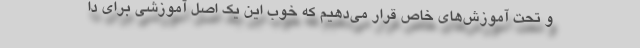
و تحت آموزش‌های خاص قرار می‌دهیم که خوب این یک اصل آموزشی برای دا